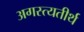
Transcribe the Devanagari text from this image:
अगस्त्यतीर्थ